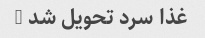
غذا سرد تحویل شد …